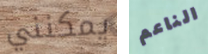
يمكنني الناعم